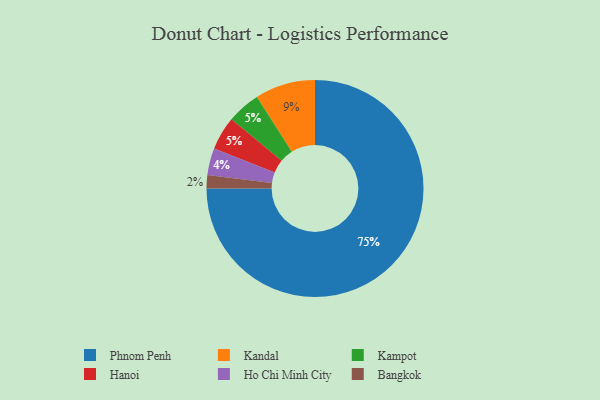
{"axis": {"x": "Category", "y": "Percentage"}, "legend": ["Bangkok", "Hanoi", "Ho Chi Minh City", "Kampot", "Kandal", "Phnom Penh"], "data": [{"x": "Kandal", "y": 9, "type": "Kandal"}, {"x": "Phnom Penh", "y": 75, "type": "Phnom Penh"}, {"x": "Kampot", "y": 5, "type": "Kampot"}, {"x": "Bangkok", "y": 2, "type": "Bangkok"}, {"x": "Ho Chi Minh City", "y": 4, "type": "Ho Chi Minh City"}, {"x": "Hanoi", "y": 5, "type": "Hanoi"}]}